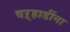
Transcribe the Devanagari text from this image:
वऱ्हाडींना